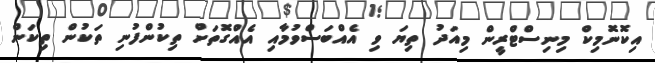
އިކޮނޮމިކް މިނިސްޓްރީން މިއަދު ތިޔަ ވި އެއްބަސްވުމާއި އެއްގޮތަށް ތިކުންފުނި ތަކުން ތިކަން